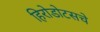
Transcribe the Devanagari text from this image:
हिरोडोटसचे